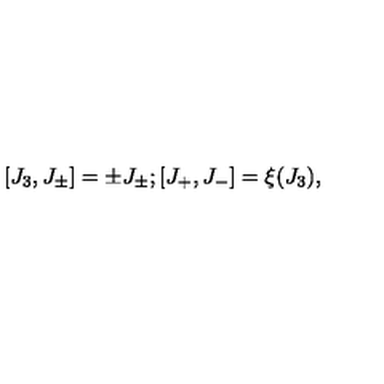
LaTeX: \lbrack J _ { 3 } , J _ { \pm } \rbrack = \pm J _ { \pm } ; \lbrack J _ { + } , J _ { - } \rbrack = \xi ( J _ { 3 } ) ,